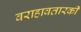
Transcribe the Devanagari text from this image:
वराहावतारकी